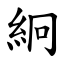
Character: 絅